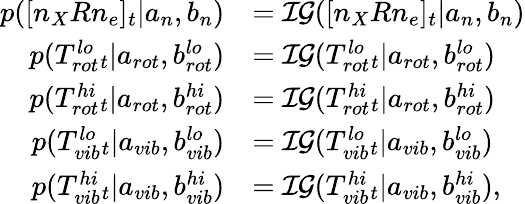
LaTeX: \begin{array}{rl}{p([n_{X}Rn_{e}]_{t}|a_{n},b_{n})}&{=\mathcal{IG}([n_{X}Rn_{e}]_{t}|a_{n},b_{n})}\\ {p(T_{rot}^{lo}{_t}|a_{rot},b_{rot}^{lo})}&{=\mathcal{IG}(T_{rot}^{lo}{_t}|a_{rot},b_{rot}^{lo})}\\ {p(T_{rot}^{hi}{_t}|a_{rot},b_{rot}^{hi})}&{=\mathcal{IG}(T_{rot}^{hi}{_t}|a_{rot},b_{rot}^{hi})}\\ {p(T_{vib}^{lo}{_t}|a_{vib},b_{vib}^{lo})}&{=\mathcal{IG}(T_{vib}^{lo}{_t}|a_{vib},b_{vib}^{lo})}\\ {p(T_{vib}^{hi}{_t}|a_{vib},b_{vib}^{hi})}&{=\mathcal{IG}(T_{vib}^{hi}{_t}|a_{vib},b_{vib}^{hi}),}\end{array}